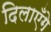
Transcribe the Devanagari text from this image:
दिलाएँगे